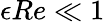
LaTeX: \epsilon Re\ll 1